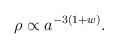
\begin{align*}\rho\propto a^{-3(1+w)}.\end{align*}